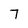
Character: 7